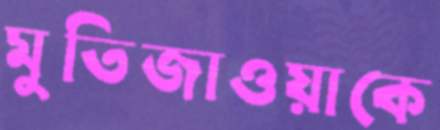
মুতিজাওয়াকে